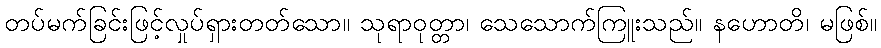
တပ်မက်ခြင်းဖြင့်လှုပ်ရှားတတ်သော။ သုရာဝုတ္တာ၊ သေသောက်ကြူးသည်။ နဟောတိ၊ မဖြစ်။